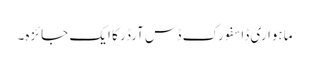
ماہواری ڈاسفورک ڈس آرڈر کا ایک جائزہ۔